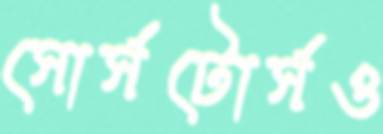
সোর্সটোর্সও